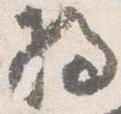
将